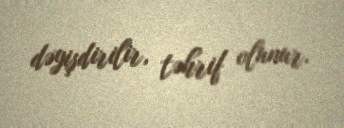
dəyişdirilir, təhrif olunur.